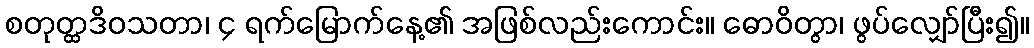
စတုတ္ထဒိဝသတာ၊ ၄ ရက်မြောက်နေ့၏ အဖြစ်လည်းကောင်း။ ဓောဝိတွာ၊ ဖွပ်လျှော်ပြီး၍။